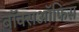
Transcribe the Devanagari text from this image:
बॉक्सऑफिस